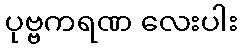
ပုဗ္ဗကရဏ လေးပါး